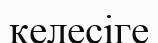
келесіге